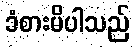
ခံစားမိပါသည်